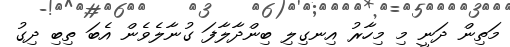
މަތިން ދަނީ މި މިހާރު އިނގިލި ބިންދާލާފަ ގުނާލެވެން އެބަ ތިބި ދިގު